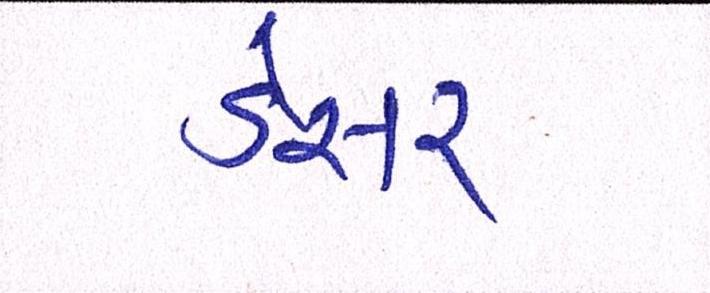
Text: ડેસર